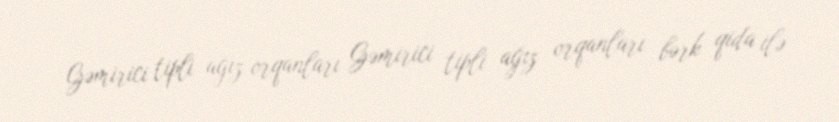
Gəmirici tipli ağız orqanları Gəmirici tipli ağız orqanları bərk qida ilə